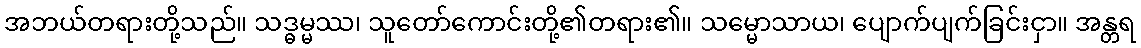
အဘယ်တရားတို့သည်။ သဒ္ဓမ္မဿ၊ သူတော်ကောင်းတို့၏တရား၏။ သမ္မောသာယ၊ ပျောက်ပျက်ခြင်းငှာ။ အန္တရ